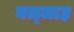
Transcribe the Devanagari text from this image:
नल्‍लाह